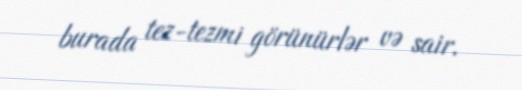
burada tez-tezmi görünürlər və sair.